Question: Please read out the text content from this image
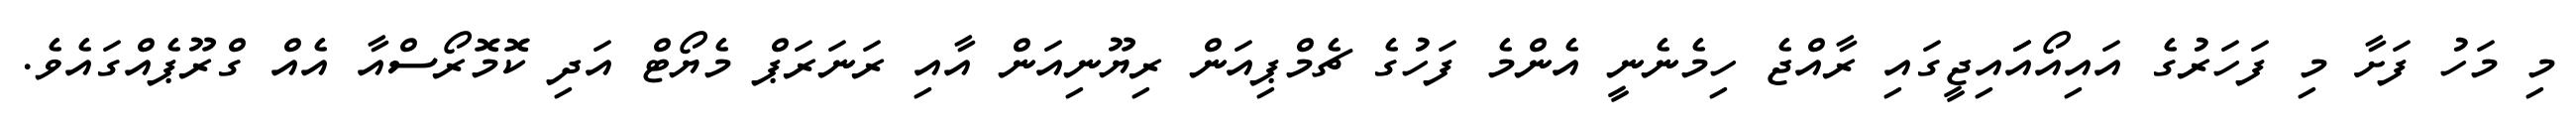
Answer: މި މަހު ފަށާ މި ފަހަރުގެ އައިއޯއަައިޖީގައި ރާއްޖެ ހިމެނެނީ އެންމެ ފަހުގެ ޗެމްޕިއަން ރިޔޫނިއަން އާއި ރަނަރަޕް މެޔޯޓް އަދި ކޮމޮރޯސްއާ އެއް ގްރޫޕެއްގައެވެ.